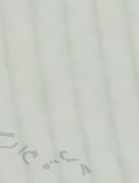
محل بيع الأثاث المنزلي: ت